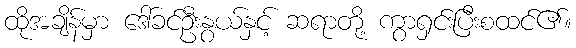
ထိုအချိန်မှာ ဒေါ်ခင်ဦးနွယ်နှင့် ဆရာတို့ ကွာရှင်းပြီးစထင်၏။